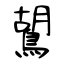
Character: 鶦